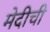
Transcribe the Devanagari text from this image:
मेदीची